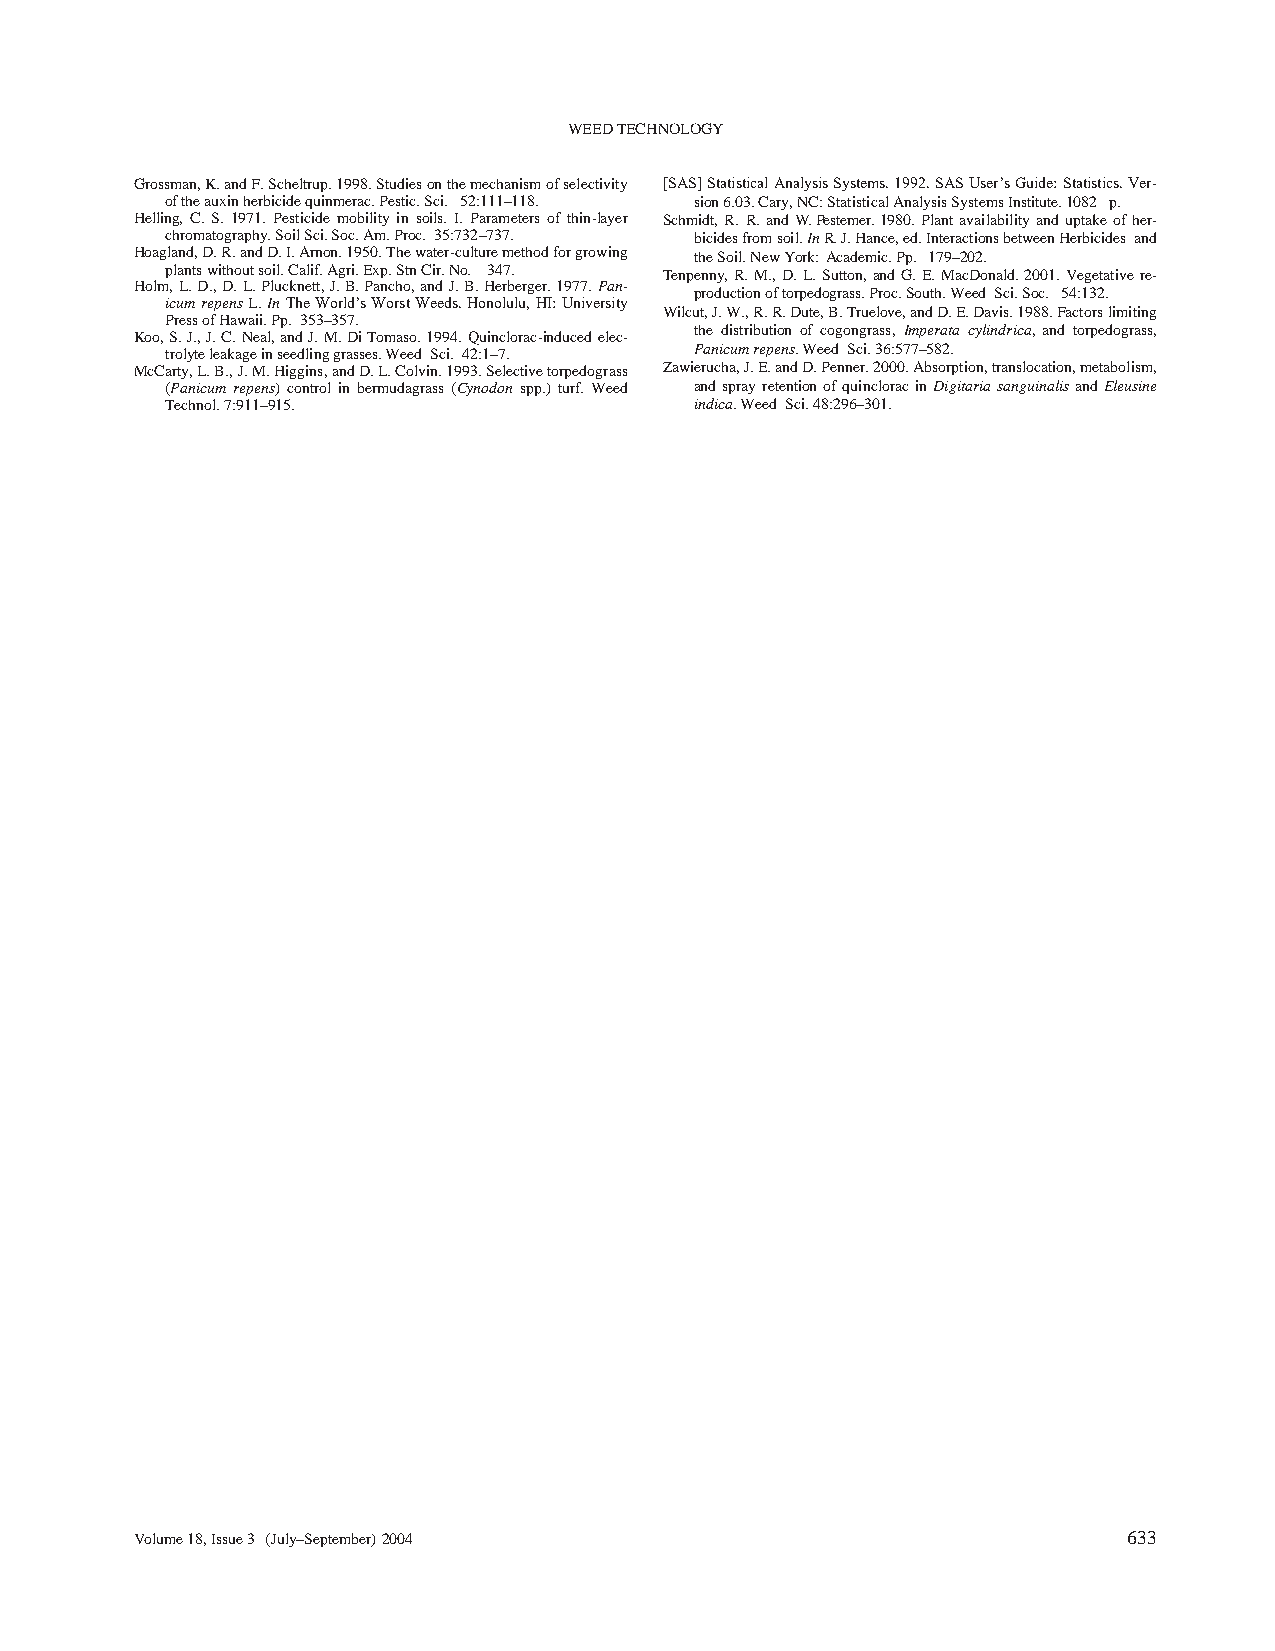
WEED TECHNOLOGY
 Grossman, K. and F. Scheltrup. 1998. Studies on the mechanism of selectivity [SAS] Statistical Analysis Systems. 1992. SAS User’s Guide: Statistics. Ver-
 of the auxin herbicide quinmerac. Pestic. Sci. 52:111–118. sion 6.03. Cary, NC: Statistical Analysis Systems Institute. 1082 p.
 Helling, C. S. 1971. Pesticide mobility in soils. I. Parameters of thin-layer Schmidt, R. R. and W. Pestemer. 1980. Plant availability and uptake of her-
 chromatography. Soil Sci. Soc. Am. Proc. 35:732–737. bicides from soil. In R. J. Hance, ed. Interactions between Herbicides and
 Hoagland, D. R. and D. I. Arnon. 1950. The water-culture method for growing the Soil. New York: Academic. Pp. 179–202.
 plants without soil. Calif. Agri. Exp. Stn Cir. No. 347. Tenpenny, R. M., D. L. Sutton, and G. E. MacDonald. 2001. Vegetative re-
 Holm, L. D., D. L. Plucknett, J. B. Pancho, and J. B. Herberger. 1977. Pan-
 production of torpedograss. Proc. South. Weed Sci. Soc. 54:132.
 icum repens L. In The World’s Worst Weeds. Honolulu, HI: University
 Wilcut, J. W., R. R. Dute, B. Truelove, and D. E. Davis. 1988. Factors limiting
 Press of Hawaii. Pp. 353–357.
 the distribution of cogongrass, Imperata cylindrica, and torpedograss,
 Koo, S. J., J. C. Neal, and J. M. Di Tomaso. 1994. Quinclorac-induced elec-
 trolyte leakage in seedling grasses. Weed Sci. 42:1–7. Panicum repens. Weed Sci. 36:577–582.
 McCarty, L. B., J. M. Higgins, and D. L. Colvin. 1993. Selective torpedograss Zawierucha, J. E. and D. Penner. 2000. Absorption, translocation, metabolism,
 (Panicum repens) control in bermudagrass (Cynodon spp.) turf. Weed and spray retention of quinclorac in Digitaria sanguinalis and Eleusine
 Technol. 7:911–915.                indica. Weed Sci. 48:296–301.
 Volume 18, Issue 3 (July–September) 2004                          633